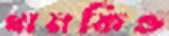
ধামকিও